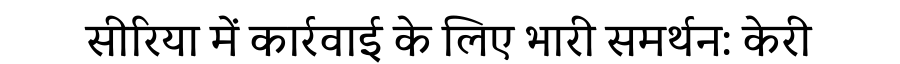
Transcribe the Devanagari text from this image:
सीरिया में कार्रवाई के लिए भारी समर्थन: केरी